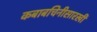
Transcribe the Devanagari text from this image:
कबाबचिनीसारखी